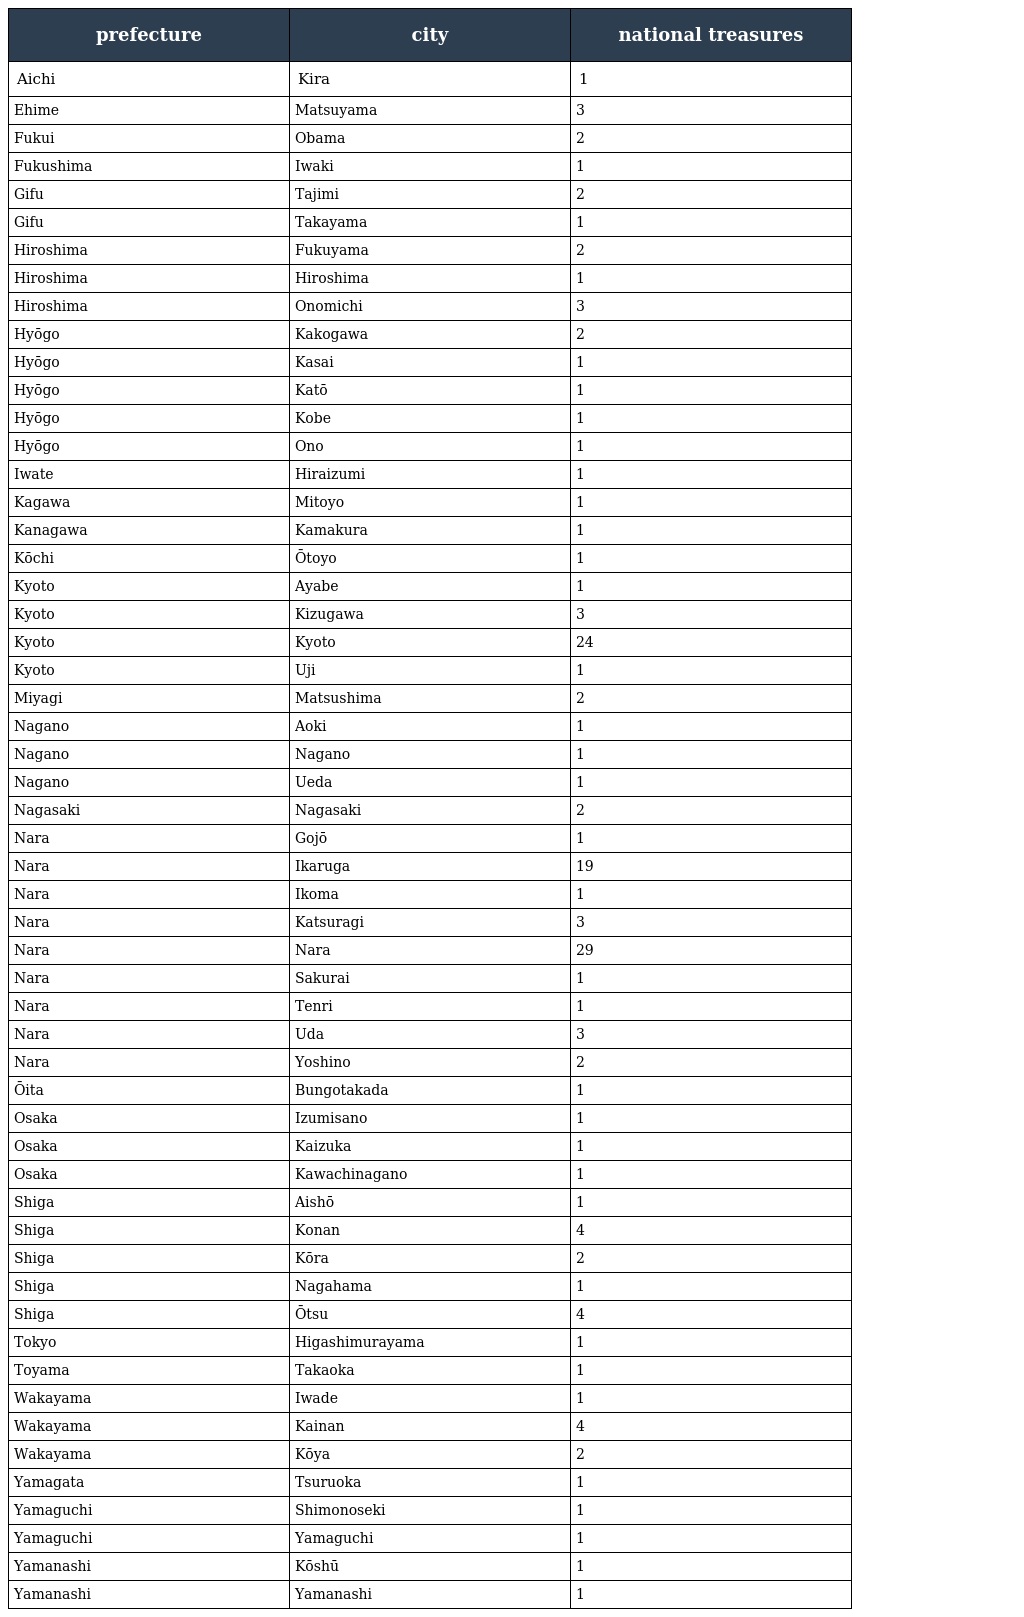
| prefecture | city | national treasures |
 | --- | --- | --- |
 | Aichi | Kira | 1 |
 | Ehime | Matsuyama | 3 |
 | Fukui | Obama | 2 |
 | Fukushima | Iwaki | 1 |
 | Gifu | Tajimi | 2 |
 | Gifu | Takayama | 1 |
 | Hiroshima | Fukuyama | 2 |
 | Hiroshima | Hiroshima | 1 |
 | Hiroshima | Onomichi | 3 |
 | Hyōgo | Kakogawa | 2 |
 | Hyōgo | Kasai | 1 |
 | Hyōgo | Katō | 1 |
 | Hyōgo | Kobe | 1 |
 | Hyōgo | Ono | 1 |
 | Iwate | Hiraizumi | 1 |
 | Kagawa | Mitoyo | 1 |
 | Kanagawa | Kamakura | 1 |
 | Kōchi | Ōtoyo | 1 |
 | Kyoto | Ayabe | 1 |
 | Kyoto | Kizugawa | 3 |
 | Kyoto | Kyoto | 24 |
 | Kyoto | Uji | 1 |
 | Miyagi | Matsushima | 2 |
 | Nagano | Aoki | 1 |
 | Nagano | Nagano | 1 |
 | Nagano | Ueda | 1 |
 | Nagasaki | Nagasaki | 2 |
 | Nara | Gojō | 1 |
 | Nara | Ikaruga | 19 |
 | Nara | Ikoma | 1 |
 | Nara | Katsuragi | 3 |
 | Nara | Nara | 29 |
 | Nara | Sakurai | 1 |
 | Nara | Tenri | 1 |
 | Nara | Uda | 3 |
 | Nara | Yoshino | 2 |
 | Ōita | Bungotakada | 1 |
 | Osaka | Izumisano | 1 |
 | Osaka | Kaizuka | 1 |
 | Osaka | Kawachinagano | 1 |
 | Shiga | Aishō | 1 |
 | Shiga | Konan | 4 |
 | Shiga | Kōra | 2 |
 | Shiga | Nagahama | 1 |
 | Shiga | Ōtsu | 4 |
 | Tokyo | Higashimurayama | 1 |
 | Toyama | Takaoka | 1 |
 | Wakayama | Iwade | 1 |
 | Wakayama | Kainan | 4 |
 | Wakayama | Kōya | 2 |
 | Yamagata | Tsuruoka | 1 |
 | Yamaguchi | Shimonoseki | 1 |
 | Yamaguchi | Yamaguchi | 1 |
 | Yamanashi | Kōshū | 1 |
 | Yamanashi | Yamanashi | 1 |